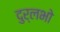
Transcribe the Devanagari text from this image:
दुर्लभो